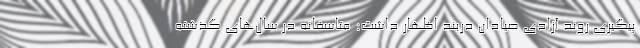
پیگیری روند آزادی صیادان دربند اظهار داشت: متاسفانه در سال‌های گذشته